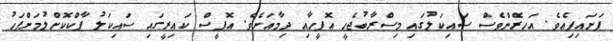
ފަށައިފިއެވެ. އަހރެންވެސް ސައިކަލުގައި މިސްރާބުޖެހީ އޮފީހާއި ދިމާއަށެވެ. އޮފީސް ކައިރީގައި ސައިކަލު ޕާކްކޮށްލުމަށްފަހު